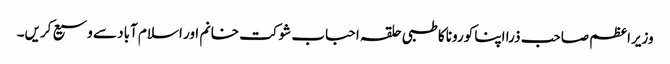
وزیراعظم صاحب ذرا اپنا کورونا کا طبی حلقہ احباب شوکت خانم اور اسلام آباد سے وسیع کریں۔